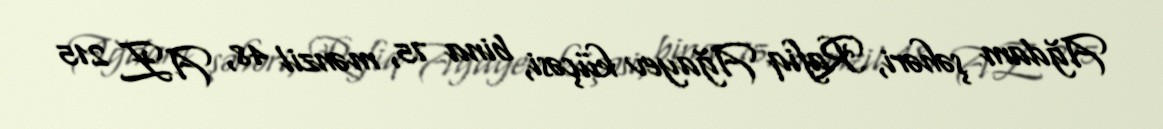
Ağdam şəhəri, Rafiq Ağayev küçəsi, bina 75, mənzil 48, AZ 215